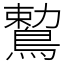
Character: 𪃠